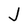
Character: J